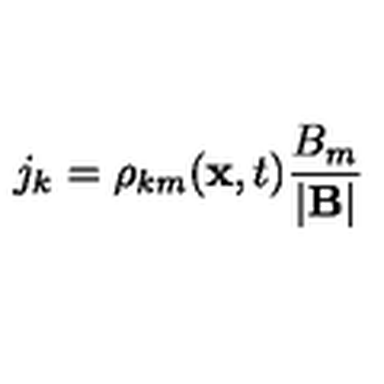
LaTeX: j _ { k } = \rho _ { k m } ( { \bf x } , t ) \frac { B _ { m } } { | { \bf B } | }